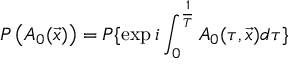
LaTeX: P \left( A _ { 0 } ( \vec { x } ) \right) = P \{ \exp { i \int _ { 0 } ^ { { \frac { 1 } { T } } } A _ { 0 } ( \tau , \vec { x } ) d \tau } \}